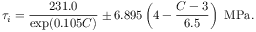
\tau _ { i } = \frac { 2 3 1 . 0 } { \exp ( 0 . 1 0 5 C ) } \pm 6 . 8 9 5 \left( 4 - \frac { C - 3 } { 6 . 5 } \right) \ \mathrm { M P a } .